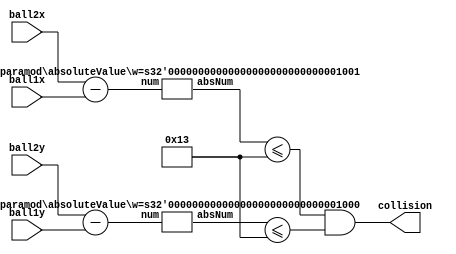

//Checks if there is a collision between two particles by looking at the distance between
//their centers
module checkCollision ( ball1x, ball1y, ball2x, ball2y, collision);

	parameter ballWidth = 19; // includes centre point
	input [8:0] ball1x;
	input [7:0] ball1y;
	input [8:0] ball2x;
	input [7:0] ball2y;
	
	output collision;
	
	wire [9:0] wBall1x;
	wire [8:0] wBall1y;
	wire [9:0] wBall2x;
	wire [8:0] wBall2y;
	
	assign wBall1x = {1'b0, ball1x};
	assign wBall1y = {1'b0, ball1y};
	assign wBall2x = {1'b0, ball2x};
	assign wBall2y = {1'b0, ball2y};
	
	
	wire [9:0] deltax;
	wire [8:0] deltay;
	wire [9:0] absDeltax;
	wire [8:0] absDeltay;
	
	assign deltax = ball2x - ball1x;
	assign deltay = ball2y - ball1y;
	
	
	absoluteValue #(.w(9)) abs1(deltax, absDeltax);
	absoluteValue #(.w(8)) abs2(deltay, absDeltay);
	
	assign collision = (absDeltax <= (ballWidth)) && (absDeltay <= (ballWidth));
	
endmodule


//Calculates the absoltue value of a number
module absoluteValue (num, absNum);

	parameter w = 8; //when setting width only specify the magnitude of the number, the sign bit will be automatically added in
	//this implementation
	input [w: 0] num;
	output reg [w: 0] absNum;

	always @(*) begin
	  if (num[w] == 1'b1) begin
		 absNum = -num;
	  end
	  else begin
		 absNum = num;
	  end
	end
	
endmodule